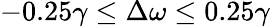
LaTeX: -0.25\gamma\le\Delta\omega\le 0.25\gamma